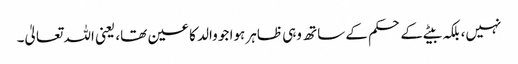
نہیں، بلکہ بیٹے کے حکم کے ساتھ وہی ظاہر ہوا جو والد کا عین تھا، یعنی اللہ تعالیٰ۔